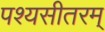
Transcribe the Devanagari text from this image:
पश्यसीतरम्